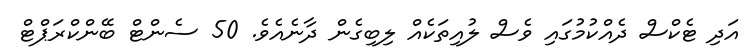
އަދި ޓެކްސް ދެއްކުމުގައި ވެސް ލުއިތަކެއް ލިބިގެން ދާނެއެވެ. 50 ސެންޓް ބޭންކްރަޕްޓް